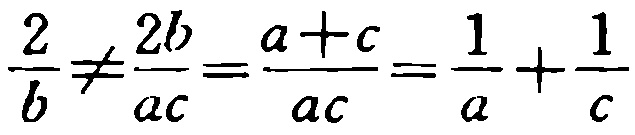
$\frac{2}{b}\neq\frac{2b}{ac}=\frac{a + c}{ac}=\frac{1}{a}+\frac{1}{c}$